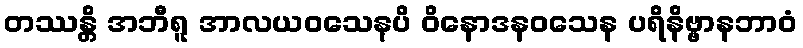
တဿန္တိ အဘီရူ အာလယဝသေနပိ ဝိနောဒနဝသေန ပရိနိဗ္ဗာနဘာဝံ